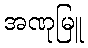
အဏုမြူ